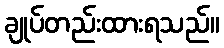
ချုပ်တည်းထားရသည်။